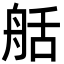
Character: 𦨯